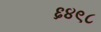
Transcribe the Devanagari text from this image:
६४९८